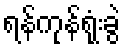
ရန်ကုန်ရုံးခွဲ